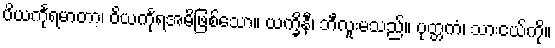
ပိယင်္ကုရမာတာ၊ ဝိယင်္ကုရအမိဖြစ်သော။ ယက္ခိနီ၊ ဘီလူးမသည်။ ပုတ္တကံ၊ သားငယ်ကို။